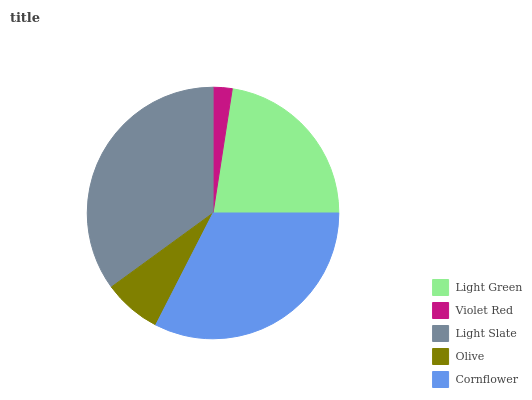
| Light Green | Violet Red | Light Slate | Olive | Cornflower |
 | --- | --- | --- | --- | --- |
 | 22.6% | 2.44% | 35% | 7.45% | 32.5% |